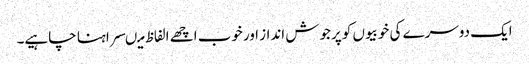
ایک دوسرے کی خوبیوں کو پرجوش انداز اورخوب اچھے الفاظ میںسراہنا چاہیے۔